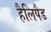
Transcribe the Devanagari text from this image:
हैलिपैड